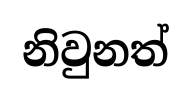
නිවුනත්